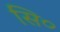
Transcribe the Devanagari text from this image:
सि०